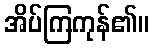
အိပ်ကြကုန်၏။